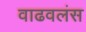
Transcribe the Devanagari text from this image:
वाढवलंस